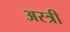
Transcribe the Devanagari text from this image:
अरत्री